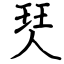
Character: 珡